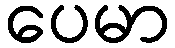
ပေမာ